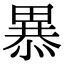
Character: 𭻥